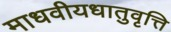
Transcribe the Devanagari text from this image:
माधवीयधातुवृत्ति